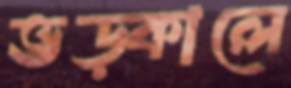
ভড়্‌কালে